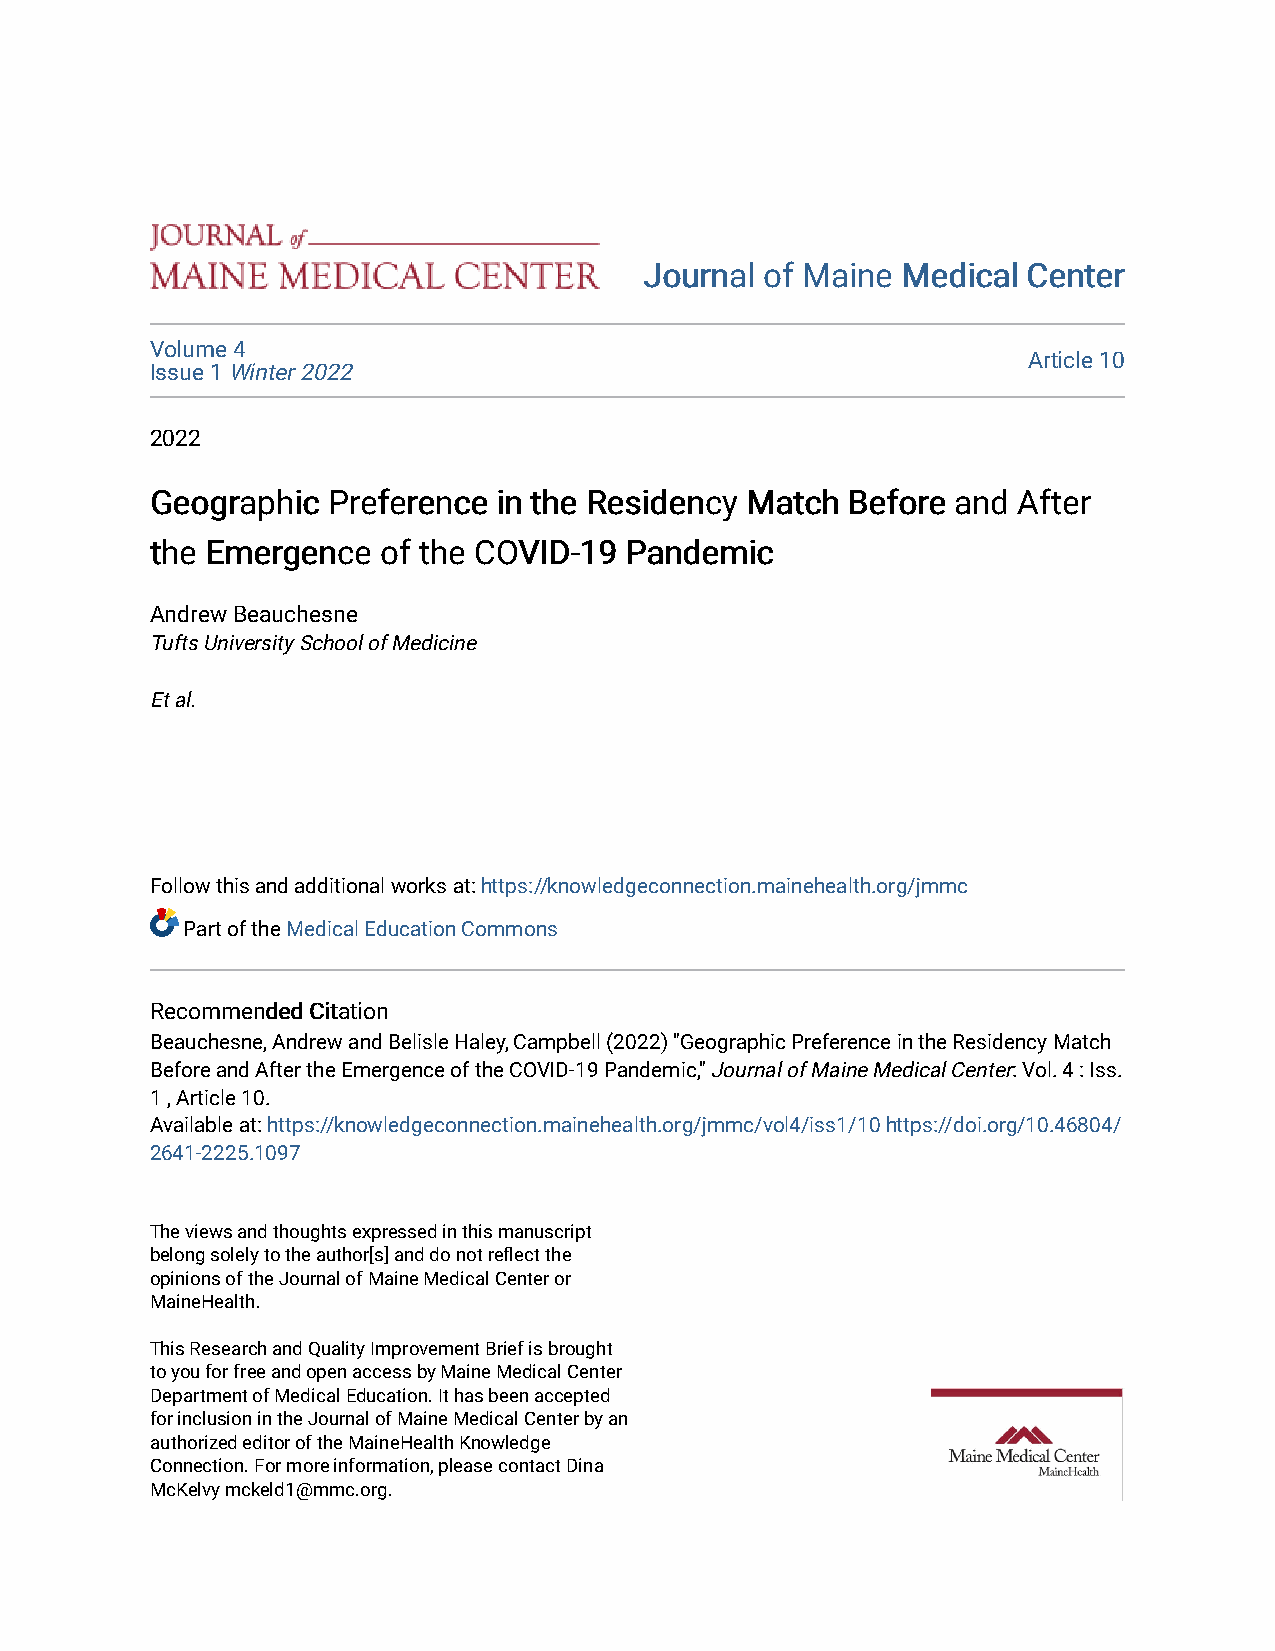
JJoouurrnnaall ooff MMaaiinnee MMeeddiiccaall CCeenntteerr
 Volume 4
 Article 10
 Issue 1 Winter 2022
 2022
 GGeeooggrraapphhiicc PPrreeffeerreennccee iinn tthhee RReessiiddeennccyy MMaattcchh BBeeffoorree aanndd AAfftteerr
 tthhee EEmmeerrggeennccee ooff tthhee CCOOVVIIDD--1199 PPaannddeemmiicc
 Andrew Beauchesne
 Tufts University School of Medicine
 Et al.
 Follow this and additional works at: https://knowledgeconnection.mainehealth.org/jmmc
 Part of the Medical Education Commons
 RReeccoommmmeennddeedd CCiittaattiioonn
 Beauchesne, Andrew and Belisle Haley, Campbell (2022) "Geographic Preference in the Residency Match
 Before and After the Emergence of the COVID-19 Pandemic," Journal of Maine Medical Center: Vol. 4 : Iss.
 1 , Article 10.
 Available at: https://knowledgeconnection.mainehealth.org/jmmc/vol4/iss1/10 https://doi.org/10.46804/
 2641-2225.1097
 The views and thoughts expressed in this manuscript
 belong solely to the author[s] and do not reflect the
 opinions of the Journal of Maine Medical Center or
 MaineHealth.
 This Research and Quality Improvement Brief is brought
 to you for free and open access by Maine Medical Center
 Department of Medical Education. It has been accepted
 for inclusion in the Journal of Maine Medical Center by an
 authorized editor of the MaineHealth Knowledge
 Connection. For more information, please contact Dina
 McKelvy mckeld1@mmc.org.